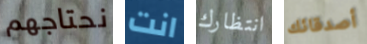
نحتاجهم انت انتظارك أصدقائك